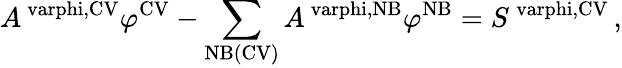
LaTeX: A^{\mathrm{\ varphi,CV}}\varphi^{\mathrm{CV}}-\sum_{\mathrm{NB(CV)}}A^{\mathrm{\ varphi,NB}}\varphi^{\mathrm{NB}}=S^{\mathrm{\ varphi,CV}}\, ,